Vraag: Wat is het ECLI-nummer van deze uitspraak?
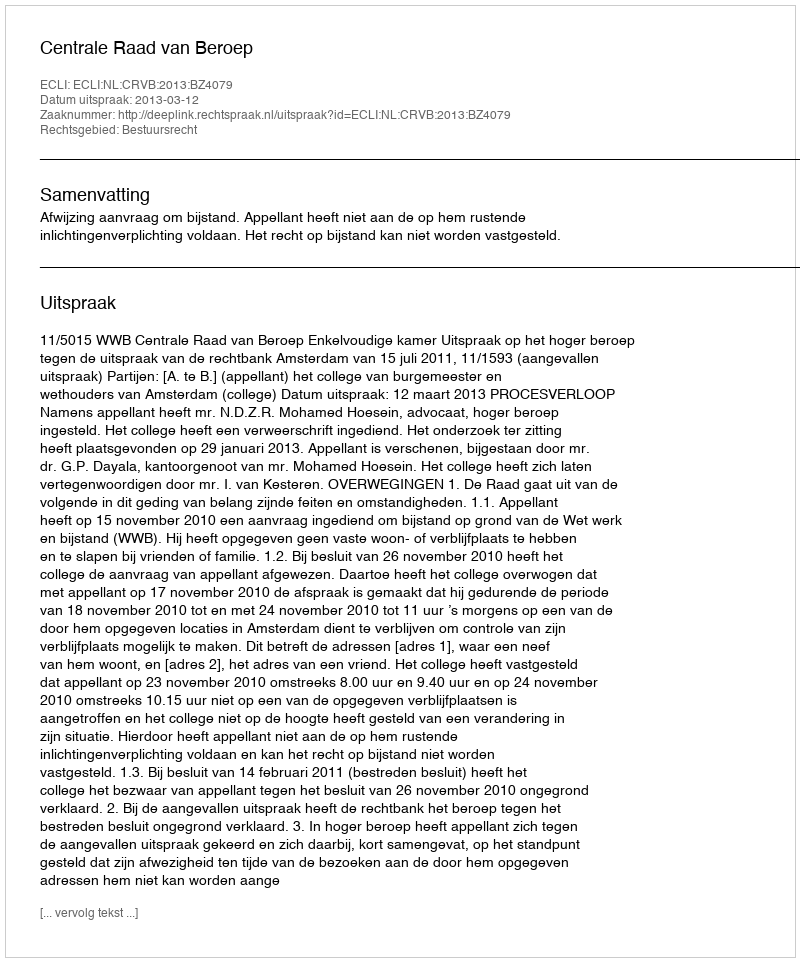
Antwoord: ECLI:NL:CRVB:2013:BZ4079